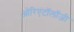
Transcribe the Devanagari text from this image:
ओरिएंटॉलॉजी